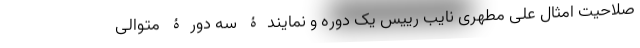
صلاحیت امثال علی مطهری نایب رییس یک دوره و نمایندۀ سه دورۀ متوالی